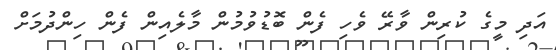
އަދި މީގެ ކުރިން ވާރޭ ވެހި ފެން ބޮޑުވުމުން މާލެއިން ފެން ހިންދުމަށް